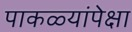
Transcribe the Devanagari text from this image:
पाकळ्यांपेक्षा